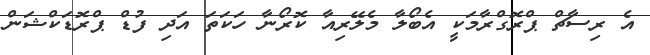
އެ ރިސާޗް ޕްރޮގްރާމަކީ އެބޯލާ މެލޭރިއާ ކޮރޯނާ ހަކަތަ އަދި ފުޑް ޕްރޮޑަކްޝަން